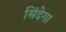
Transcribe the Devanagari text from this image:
सिंदेगा